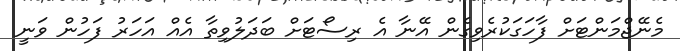
މެނޭޖްމަންޓަށް ފާހަގަކުރެވިގެން އޭނާ އެ ރިސޯޓަށް ބަދަލުވިތާ އެއް އަހަރު ފަހުން ވަނީ